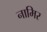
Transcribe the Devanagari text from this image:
नामिर